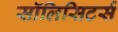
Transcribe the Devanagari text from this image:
सॉलिसिटर्स